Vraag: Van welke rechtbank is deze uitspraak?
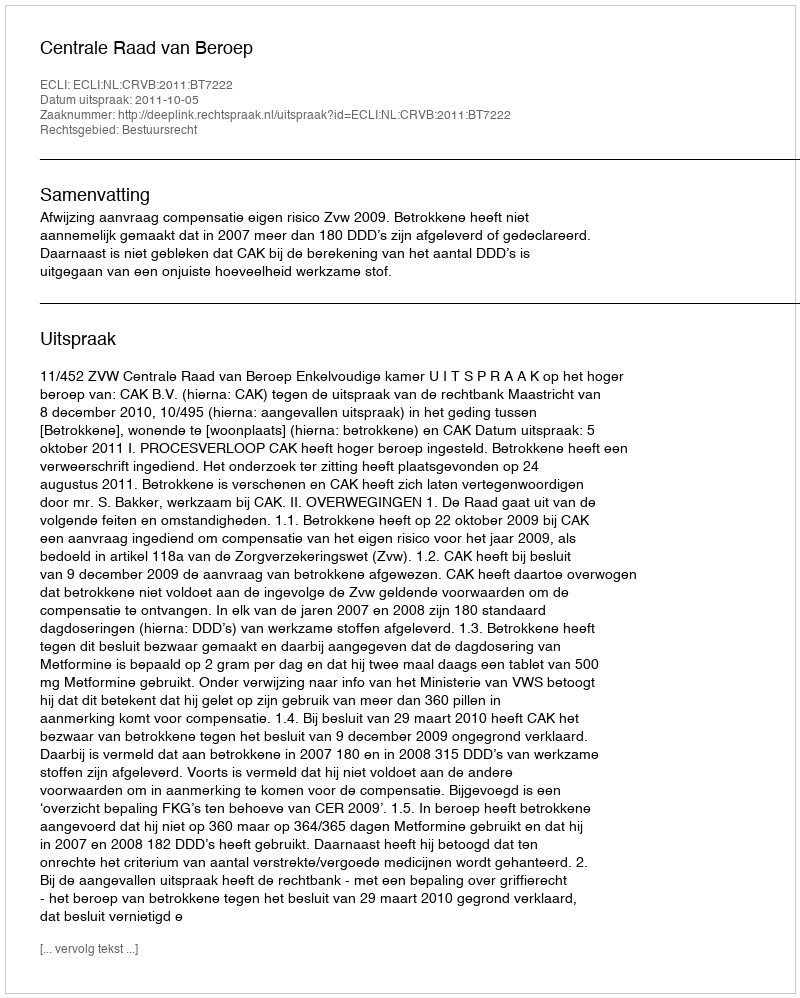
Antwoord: Centrale Raad van Beroep